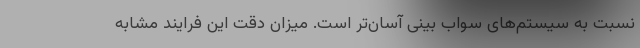
نسبت به سیستم‌های سواب بینی آسان‌تر است. میزان دقت این فرایند مشابه